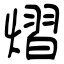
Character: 熠